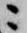
ニ